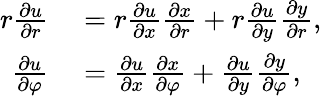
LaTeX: \begin{array}{rl}{r{\frac{\partial u}{\partial r}}}&{{}=r{\frac{\partial u}{\partial x}}{\frac{\partial x}{\partial r}}+r{\frac{\partial u}{\partial y}}{\frac{\partial y}{\partial r}},}\\ {{\frac{\partial u}{\partial\varphi}}}&{{}={\frac{\partial u}{\partial x}}{\frac{\partial x}{\partial\varphi}}+{\frac{\partial u}{\partial y}}{\frac{\partial y}{\partial\varphi}},}\end{array}